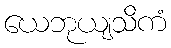
ယေဘုယျသိကံ